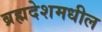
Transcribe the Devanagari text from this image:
ब्रह्मदेशमधील